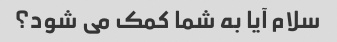
سلام آیا به شما کمک می شود؟